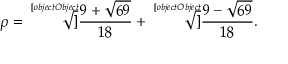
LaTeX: \rho = { \sqrt [ [object Object] ] { \frac { 9 + { \sqrt { 6 9 } } } { 1 8 } } } + { \sqrt [ [object Object] ] { \frac { 9 - { \sqrt { 6 9 } } } { 1 8 } } } .